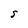
Character: S